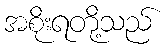
အစိုးရတို့သည်